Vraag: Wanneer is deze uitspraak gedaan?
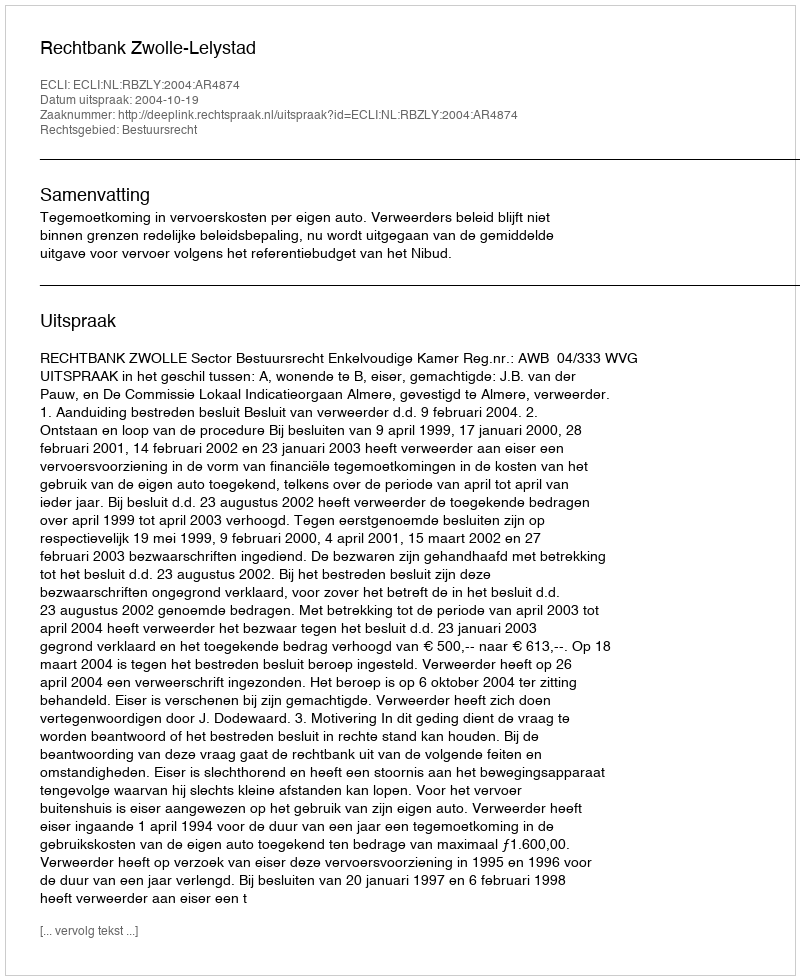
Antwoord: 2004-10-19